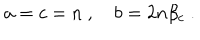
a = c = n ~ , \quad b = 2 n \beta _ { c } ~ .